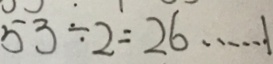
5 3 \div 2 = 2 6 \cdots 1